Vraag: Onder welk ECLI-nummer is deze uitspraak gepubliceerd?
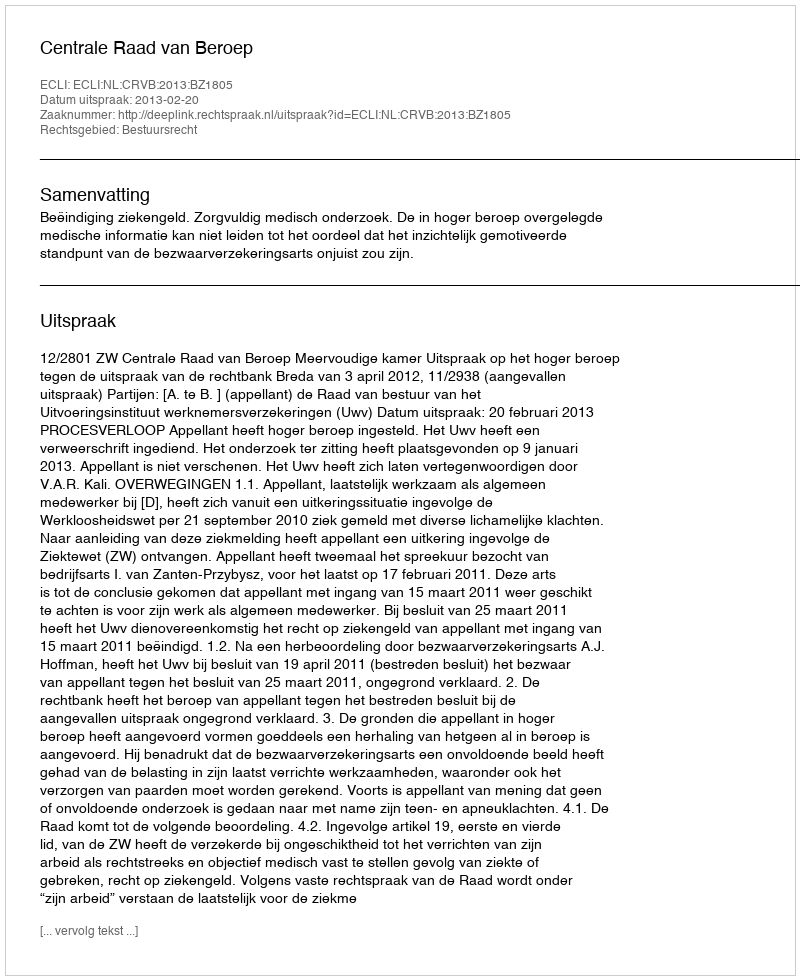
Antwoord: ECLI:NL:CRVB:2013:BZ1805